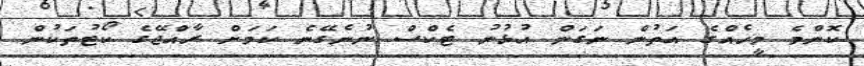
ކޮންމެ މީހެއްގެ އަތުން ނަގަން އުޅުނު ޓެކްސް ނުނެގޭނެ ކަމަށް ރާއްޖޭގެ ކޯޓުތަކުން